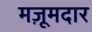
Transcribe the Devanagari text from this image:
मज़ूमदार